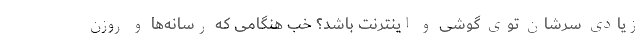
زیادی سرشان توی گوشی و اینترنت باشد؟ خب هنگامی كه رسانه‌ها و روزن